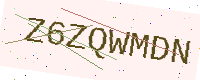
Text: Z6ZQWMDN